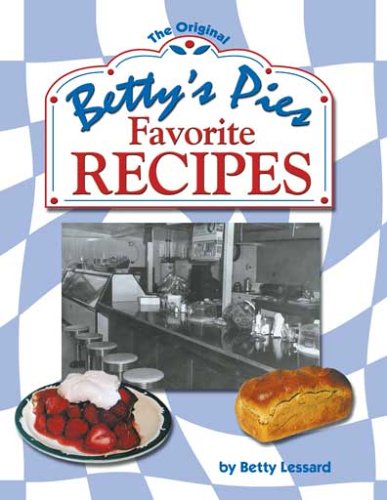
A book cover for Betty's Pies Favorite Recipes; Betty Lessard; Cookbooks, Food & Wine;